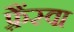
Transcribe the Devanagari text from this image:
फ़्रैंस्वा